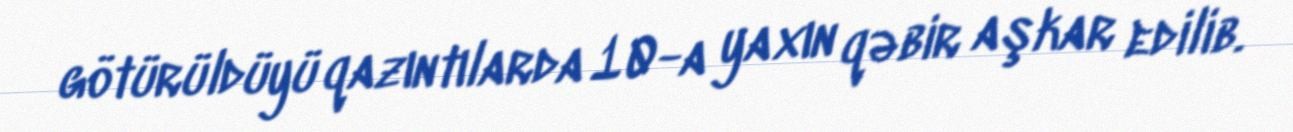
götürüldüyü qazıntılarda 10-a yaxın qəbir aşkar edilib.